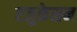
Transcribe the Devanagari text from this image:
एजुकेसन